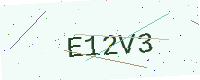
Text: E12V3